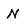
Character: N